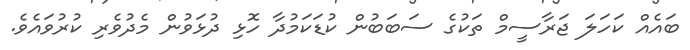
ބައެއް ކަހަލަ ޖަރާސީމް ތަކުގެ ސަބަބުން ކުޑަކަމުދާ ހޮޅި ދުޅަވުން މެދުވެރި ކުރުވައެވެ.